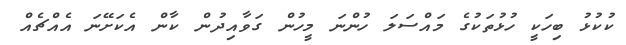
ކުކުޅު ބިހަކީ ހުޅުތަކުގެ މައްސަލަ ހުންނަ މީހުން ގަވާއިދުން ކާން އެކަށޭނަ އެއްޗެއް